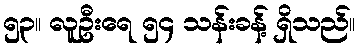
၅၃။ လူဦးရေ ၅၄ သန်းခန့် ရှိသည်။